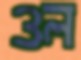
ওল